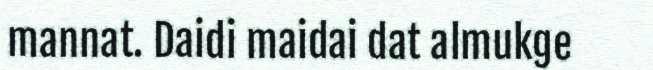
mannat. Daidi maidai dat almukge